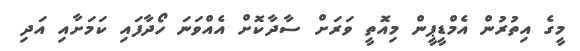
މީގެ އިތުރުން އެމްޑީޕީން މިއޮތީ ވަރަށް ސާދާކޮށް އެއްވަނަ ހޯދާފައި ކަމަށާއި އަދި